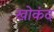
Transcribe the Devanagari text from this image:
खोकंद